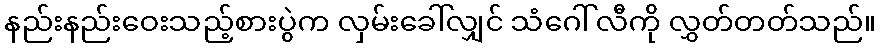
နည်းနည်းဝေးသည့်စားပွဲက လှမ်းခေါ်လျှင် သံဂေါ်လီကို လွှတ်တတ်သည်။